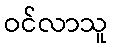
ဝင်လာသူ